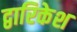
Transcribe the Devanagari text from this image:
द्वारिकेश